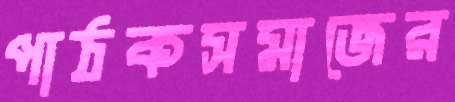
পাঠকসমাজের